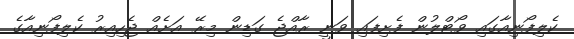
ކެލިފޯނިއާގައި ވޯޓްލުން ފެށިފައި ވަނީ ރާއްޖެ ގަޑިން މިރޭ އަށެއް ޖެހިއިރު ކެލިފޯނިއާގެ